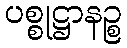
ပစ္စုဋ္ဌာနဉ္စ